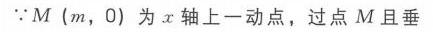
\(\because M\left(m,0\right)\) 为 \(x\) 轴上一动点，过点 \(M\) 且垂